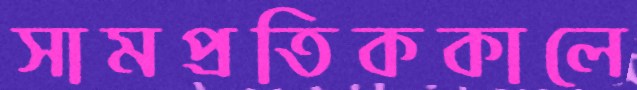
সামপ্রতিককালে